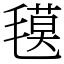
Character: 氁